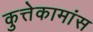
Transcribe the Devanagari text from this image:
कुत्तेकामांस